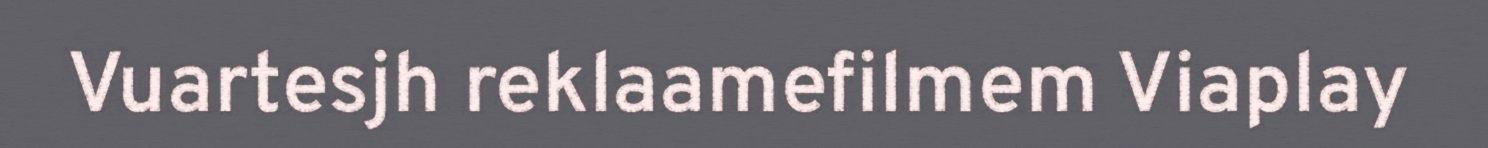
Vuartesjh reklaamefilmem Viaplay